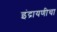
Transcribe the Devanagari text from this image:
इंद्रायणीचा